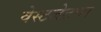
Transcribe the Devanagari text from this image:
वेस्टजेटचा